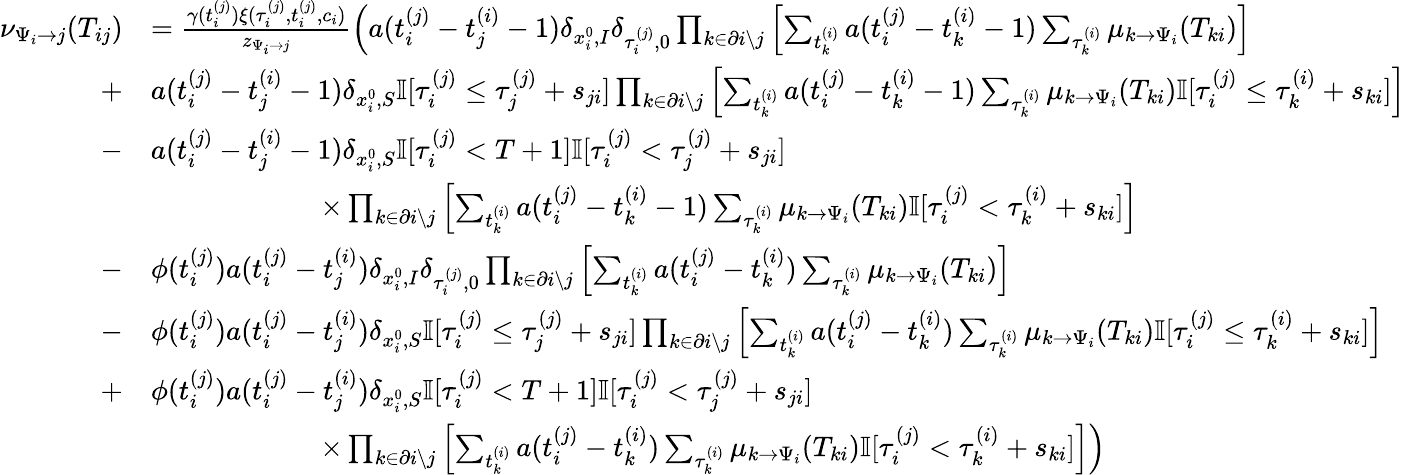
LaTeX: \begin{array}{r}{\begin{array}{rl}{\nu_{\Psi_{i}\to j}(T_{ij})}&{=\frac{\gamma(t_{i}^{(j)})\xi(\tau_{i}^{(j)},t_{i}^{(j)},c_{i})}{z_{\Psi_{i}\to j}}\left(a(t_{i}^{(j)}-t_{j}^{(i)}-1)\delta_{x_{i}^{0},I}\delta_{\tau_{i}^{(j)},0}\prod_{k\in\partial i\setminus j}\left[\sum_{t_{k}^{(i)}}a(t_{i}^{(j)}-t_{k}^{(i)}-1)\sum_{\tau_{k}^{(i)}}\mu_{k\to\Psi_{i}}(T_{ki})\right]\right.}\\ {+}&{a(t_{i}^{(j)}-t_{j}^{(i)}-1)\delta_{x_{i}^{0},S}\mathbb{I}[\tau_{i}^{(j)}\leq\tau_{j}^{(j)}+s_{ji}]\prod_{k\in\partial i\setminus j}\left[\sum_{t_{k}^{(i)}}a(t_{i}^{(j)}-t_{k}^{(i)}-1)\sum_{\tau_{k}^{(i)}}\mu_{k\to\Psi_{i}}(T_{ki})\mathbb{I}[\tau_{i}^{(j)}\leq\tau_{k}^{(i)}+s_{ki}]\right]}\\ {-}&{a(t_{i}^{(j)}-t_{j}^{(i)}-1)\delta_{x_{i}^{0},S}\mathbb{I}[\tau_{i}^{(j)}<T+1]\mathbb{I}[\tau_{i}^{(j)}<\tau_{j}^{(j)}+s_{ji}]}\\ &{\qquad\qquad\qquad\times\prod_{k\in\partial i\setminus j}\left[\sum_{t_{k}^{(i)}}a(t_{i}^{(j)}-t_{k}^{(i)}-1)\sum_{\tau_{k}^{(i)}}\mu_{k\to\Psi_{i}}(T_{ki})\mathbb{I}[\tau_{i}^{(j)}<\tau_{k}^{(i)}+s_{ki}]\right]}\\ {-}&{\phi(t_{i}^{(j)})a(t_{i}^{(j)}-t_{j}^{(i)})\delta_{x_{i}^{0},I}\delta_{\tau_{i}^{(j)},0}\prod_{k\in\partial i\setminus j}\left[\sum_{t_{k}^{(i)}}a(t_{i}^{(j)}-t_{k}^{(i)})\sum_{\tau_{k}^{(i)}}\mu_{k\to\Psi_{i}}(T_{ki})\right]}\\ {-}&{\phi(t_{i}^{(j)})a(t_{i}^{(j)}-t_{j}^{(i)})\delta_{x_{i}^{0},S}\mathbb{I}[\tau_{i}^{(j)}\leq\tau_{j}^{(j)}+s_{ji}]\prod_{k\in\partial i\setminus j}\left[\sum_{t_{k}^{(i)}}a(t_{i}^{(j)}-t_{k}^{(i)})\sum_{\tau_{k}^{(i)}}\mu_{k\to\Psi_{i}}(T_{ki})\mathbb{I}[\tau_{i}^{(j)}\leq\tau_{k}^{(i)}+s_{ki}]\right]}\\ {+}&{\phi(t_{i}^{(j)})a(t_{i}^{(j)}-t_{j}^{(i)})\delta_{x_{i}^{0},S}\mathbb{I}[\tau_{i}^{(j)}<T+1]\mathbb{I}[\tau_{i}^{(j)}<\tau_{j}^{(j)}+s_{ji}]}\\ &{\left.\qquad\qquad\qquad\times\prod_{k\in\partial i\setminus j}\left[\sum_{t_{k}^{(i)}}a(t_{i}^{(j)}-t_{k}^{(i)})\sum_{\tau_{k}^{(i)}}\mu_{k\to\Psi_{i}}(T_{ki})\mathbb{I}[\tau_{i}^{(j)}<\tau_{k}^{(i)}+s_{ki}]\right]\right)}\end{array}}\end{array}